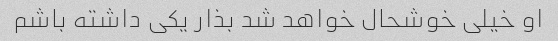
او خیلی خوشحال خواهد شد بذار یکی داشته باشم